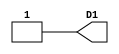
module main (output  D1);
assign D1 = 1'b1;
endmodule